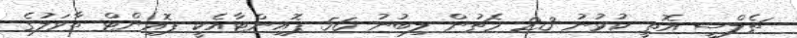
ޗެލްސީ އޮތީ ކުޅުނު 23 މެޗުން ލިބުނު 56 ޕޮއިންޓާއެކީ ޕޮއިންޓް ތާވަލުގެ